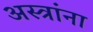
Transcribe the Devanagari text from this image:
अस्त्रांना